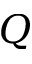
Q